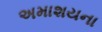
અમાશયના